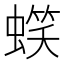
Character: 𧏣